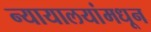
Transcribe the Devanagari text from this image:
न्यायालयांमधून